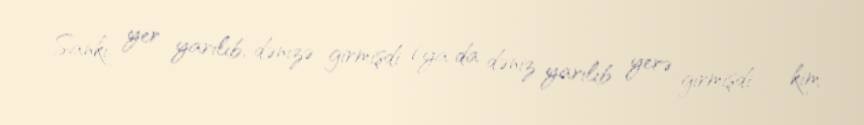
Sanki yer yarılıb, dənizə girmişdi (ya da dəniz yarılıb yerə girmişdi - kim